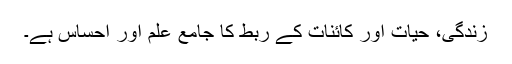
زندگی، حیات اور کائنات کے ربط کا جامع علم اور احساس ہے۔